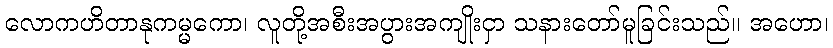
လောကဟိတာနုကမ္မကော၊ လူတို့အစီးအပွားအကျိုးငှာ သနားတော်မူခြင်းသည်။ အဟော၊